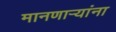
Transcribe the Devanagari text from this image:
मानणाऱ्यांना